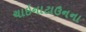
ચાઇનાટાઉનના